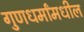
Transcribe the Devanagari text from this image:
गुणधर्मांमधील